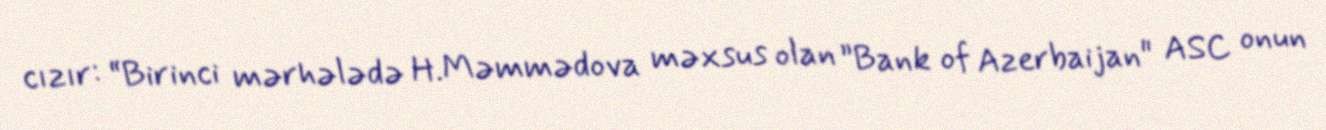
cızır: “Birinci mərhələdə H.Məmmədova məxsus olan ”Bank of Azerbaijan" ASC onun